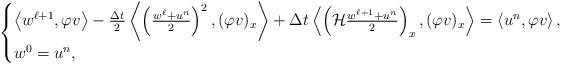
LaTeX: \begin{align*}\begin{cases}\left< w^{\ell + 1}, \varphi v \right> - \frac{\Delta t}{2} \left< \left( \frac{w^{\ell} + u^{n}}{2} \right)^{2}, (\varphi v)_{x} \right> + \Delta t \left< \left( \mathcal{H}\frac{w^{\ell + 1} + u^{n} }{2} \right)_{x}, (\varphi v)_{x} \right> = \left< u^{n}, \varphi v \right>, \\w^{0} = u^{n},\end{cases}\end{align*}